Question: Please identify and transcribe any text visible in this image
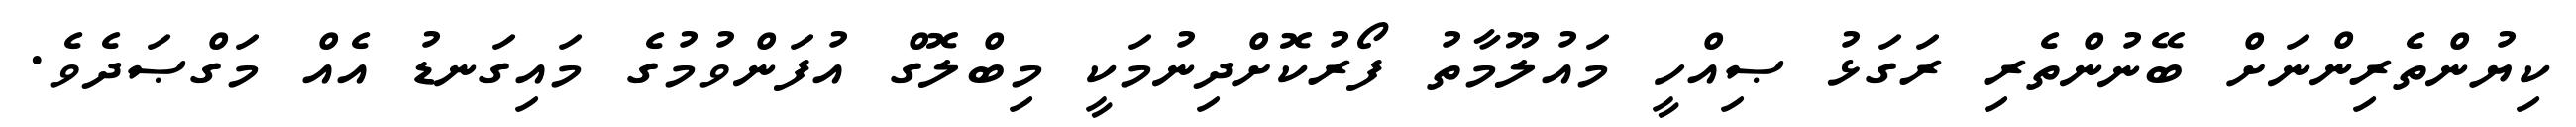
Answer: ކިޔުންތެރިންނަށް ބޭނުންތެރި ރަގަޅު ޞިއްހީ މައުލޫމާތު ފޯރުކޮށްދިނުމަކީ މިބްލޮގް އުފަންވުމުގެ މައިގަނޑު އެއް މަގްޞަދެވެ.